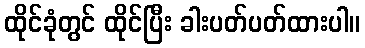
ထိုင်ခုံတွင် ထိုင်ပြီး ခါးပတ်ပတ်ထားပါ။